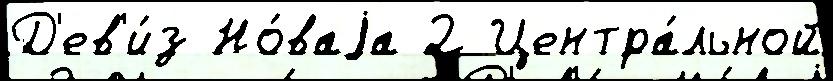
Д'ев'и́з Но́ваjа 2 Центра́льной